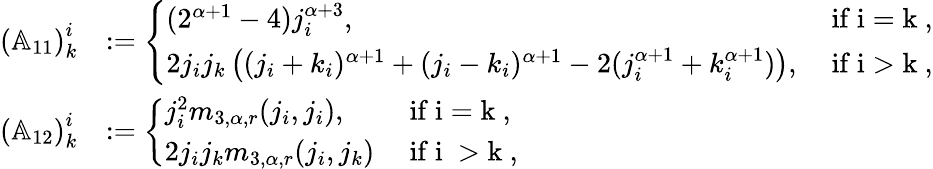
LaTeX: \begin{array}{rl}{\left(\mathbb{A}_{11}\right)_{k}^{i}}&{:=\left\{ \begin{array}{ll}{(2^{\alpha+1}-4)j_{i}^{\alpha+3},}&{\mathrm{~if~i=k~,}}\\ {2j_{i}j_{k}\left((j_{i}+k_{i})^{\alpha+1}+(j_{i}-k_{i})^{\alpha+1}-2(j_{i}^{\alpha+1}+k_{i}^{\alpha+1})\right),}&{\mathrm{~if~i>k~,}}\end{array}\right.}\\ {\left(\mathbb{A}_{12}\right)_{k}^{i}}&{:=\left\{ \begin{array}{ll}{j_{i}^{2}m_{3,\alpha,r}(j_{i},j_{i}),}&{\mathrm{~if~i=k~},}\\ {2j_{i}j_{k}m_{3,\alpha,r}(j_{i},j_{k})}&{\mathrm{~if~i~>k~,}}\end{array}\right.}\end{array}